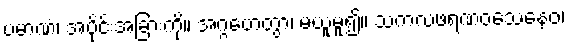
ပမာဏံ၊ အပိုင်းအခြားကို။ အဂ္ဂဟေတွာ၊ မယူမူ၍။ သကလဖရဏဝသေနေဝ၊